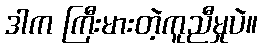
ဒါက ကြီးမားတဲ့ကူညီမှုပဲ။